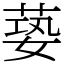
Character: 蒆